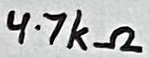
Text: 4.7kΩ